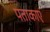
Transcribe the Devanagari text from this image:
पताकाएं